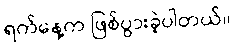
ရက်နေ့က ဖြစ်ပွားခဲ့ပါတယ်။